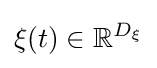
\xi (t)\in \mathbb {R} ^{D_{\xi }}